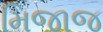
મિજાજ